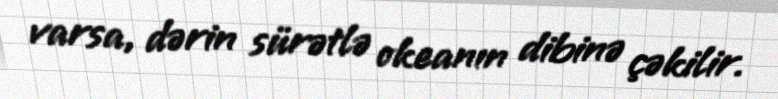
varsa, dərin sürətlə okeanın dibinə çəkilir.